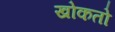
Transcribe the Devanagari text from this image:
खोकतो